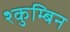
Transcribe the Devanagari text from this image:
श्कुम्बिन